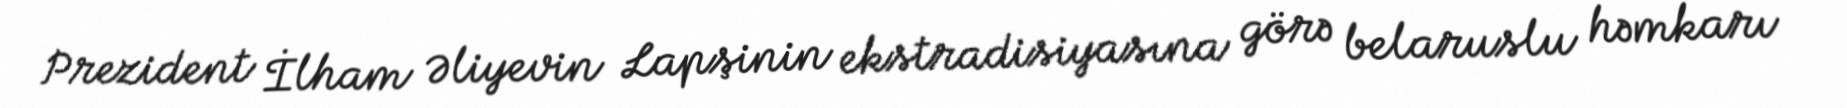
Prezident İlham Əliyevin Lapşinin ekstradisiyasına görə belaruslu həmkarı